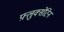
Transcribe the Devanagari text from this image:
फ़्लुक्सेटिन